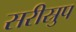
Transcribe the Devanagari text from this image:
सरीस्रुप